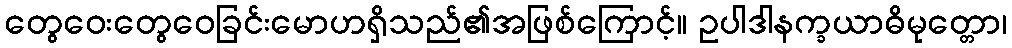
တွေဝေးတွေဝေခြင်းမောဟရှိသည်၏အဖြစ်ကြောင့်။ ဥပါဒါနက္ခယာဓိမုတ္တော၊